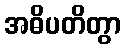
အဓိပတိတွာ